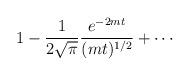
LaTeX: \begin{align*}1 -\frac{1}{2 \sqrt{\pi}} \frac{e^{-2 m t}}{(mt)^{1/2}}+ \cdots\end{align*}